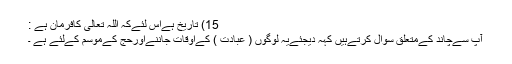
15) تاریخ ہےاس لئےکہ اللہ تعالی کافرمان ہے :
آپ سےچاند کےمتعلق سوال کرتےہیں کہہ دیجئےیہ لوگوں ( عبادت ) کےاوقات جاننےاورحج کےموسم کےلئے ہے ۔